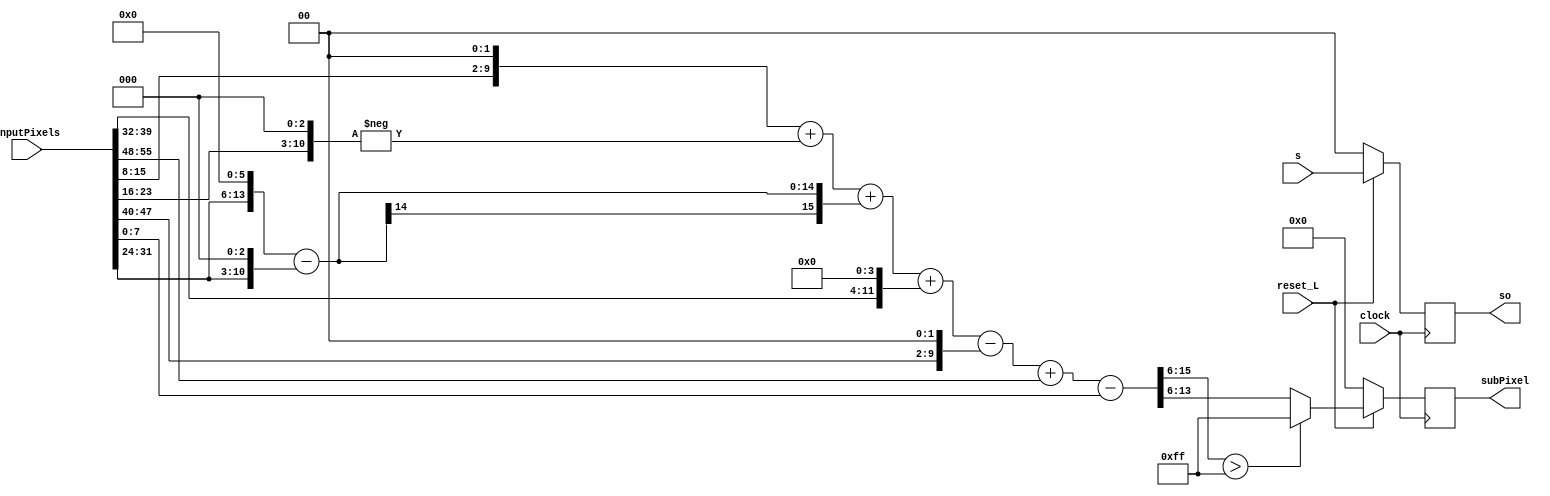
module FIR_A_M(clock, reset_L,s,so, inputPixels, subPixel);

  input [63:0] inputPixels; // flattened input pixels
  input clock;
  input reset_L;
  input [1:0] s;
  output reg [1:0] so;
  output [7:0] subPixel;
  reg [7:0] subPixel;
  reg [15:0] sum_;

  always @(posedge clock)
  begin
    if(!reset_L)
      begin
        subPixel = 8'b0;
        so = 8'b0;
      end
    else
      begin
        sum_ = ((inputPixels[15:8]<<2) +
                - ((inputPixels[23:16]<<3))
                + ((inputPixels[31:24]<<6)-(inputPixels[31:24]<<3))
                + ((inputPixels[39:32]<<4))
                - ((inputPixels[47:40]<<2))
                + inputPixels[55:48] - inputPixels[7:0]) >> 6;
        if (sum_>255) begin
          subPixel = 255;
        end
        else begin
          subPixel = sum_[7:0];
        end
        so = s;
      end
  end

endmodule

module FIR_B_M( clock, reset_L, inputPixels, subPixel);
  input clock;
  input reset_L;
  input [63:0] inputPixels; // flattened input pixels
  output reg [7:0] subPixel;

  reg [15:0] sum_;

  always @(posedge clock)
  begin
    if(!reset_L)
      begin
        subPixel = 8'b0;
      end
    else
      begin
				sum_ = (((inputPixels[15:8] + inputPixels[55:48]) << 2)
                - (((inputPixels[23:16] + inputPixels[47:40]) << 3)
                + ((inputPixels[23:16] + inputPixels[47:40]) << 1)
                + (inputPixels[23:16] + inputPixels[47:40]))
                + (((inputPixels[31:24] + inputPixels[39:32]) << 5)
                + ((inputPixels[31:24] + inputPixels[39:32]) << 3))
                - inputPixels[63:56] - inputPixels[7:0]) >> 6;
        if (sum_>255) begin
          subPixel = 255;
        end
        else begin
          subPixel = sum_[7:0];
        end
      end
  end

endmodule

module FIR_C_M(clock, reset_L, inputPixels, subPixel);
  input clock;
  input reset_L;
  input [63:0] inputPixels; // flattened input pixels
  output [7:0] subPixel;
  reg [7:0] subPixel;
  reg [15:0] sum_;

  always @(posedge clock)
  begin
    if(!reset_L)
      begin
        subPixel = 8'b0;
      end
    else
      begin

        sum_ = ((inputPixels[47:40]<<2) +
              - ((inputPixels[39:32]<<3))
              + ((inputPixels[31:24]<<6)-(inputPixels[31:24]<<3))
              + ((inputPixels[23:16]<<4))
              - ((inputPixels[15:8]<<2))
              + inputPixels[7:0] - inputPixels[55:48]) >> 6;

        if (sum_>255) begin
          subPixel = 255;
        end
        else begin
          subPixel = sum_[7:0];
        end
      end
  end

endmodule